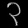
Digit: ၃